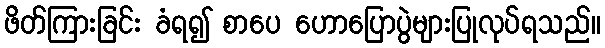
ဖိတ်ကြားခြင်း ခံရ၍ စာပေ ဟောပြောပွဲများပြုလုပ်ရသည်။